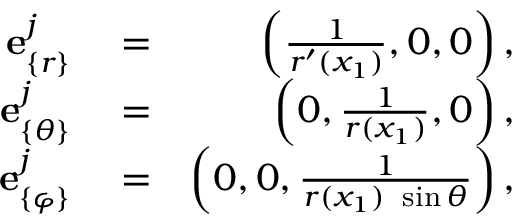
\begin{array} { r l r } { { \bf e } _ { \{ r \} } ^ { j } } & { { } = } & { \left( \frac { 1 } { r ^ { \prime } ( x _ { 1 } ) } , 0 , 0 \right) , } \\ { { \bf e } _ { \{ \theta \} } ^ { j } } & { { } = } & { \left( 0 , \frac { 1 } { r ( x _ { 1 } ) } , 0 \right) , } \\ { { \bf e } _ { \{ \varphi \} } ^ { j } } & { { } = } & { \left( 0 , 0 , \frac { 1 } { r ( x _ { 1 } ) \ \sin \theta } \right) , } \end{array}